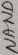
Text: NAND